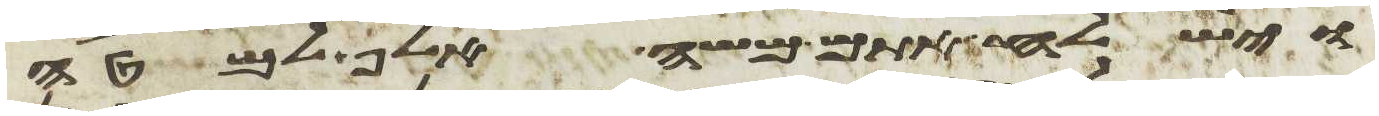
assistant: וישלח אתם משה אלף למטה